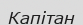
Капітан